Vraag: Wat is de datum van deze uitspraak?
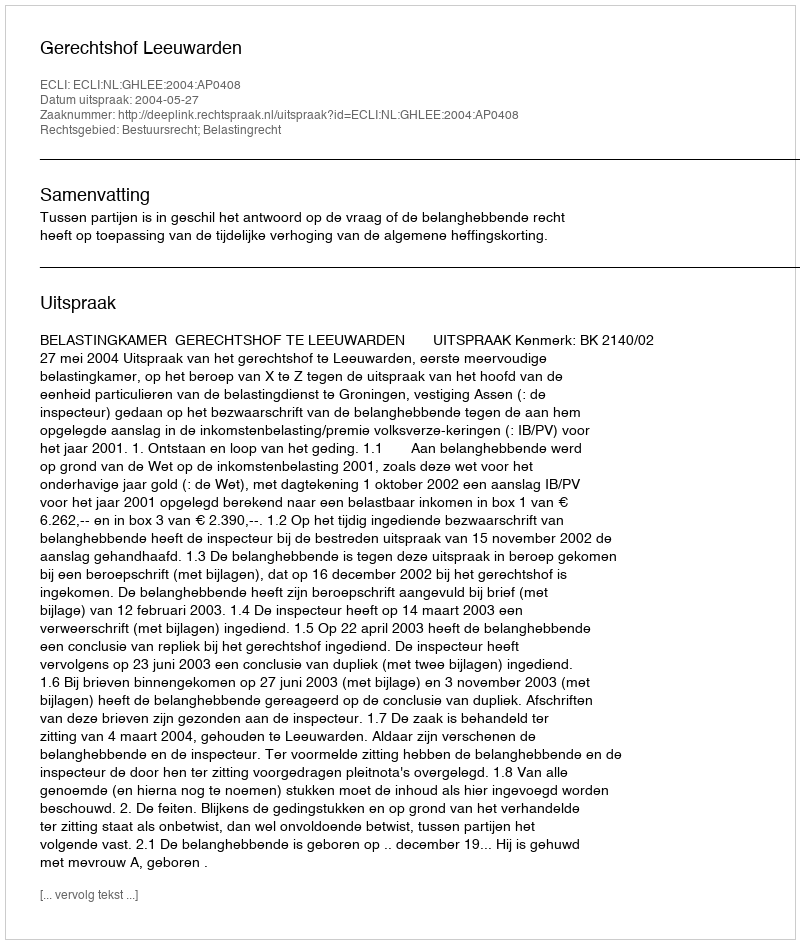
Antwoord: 2004-05-27